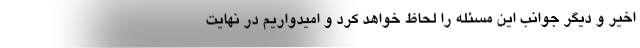
اخیر و دیگر جوانب این مسئله را لحاظ خواهد کرد و امیدواریم در نهایت